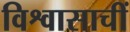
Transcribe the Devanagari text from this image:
विश्वासाचीं